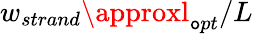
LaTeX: w_{strand}\approxl_{\mathtt{o}pt}/L